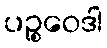
ပဉ္စဝေဒါ